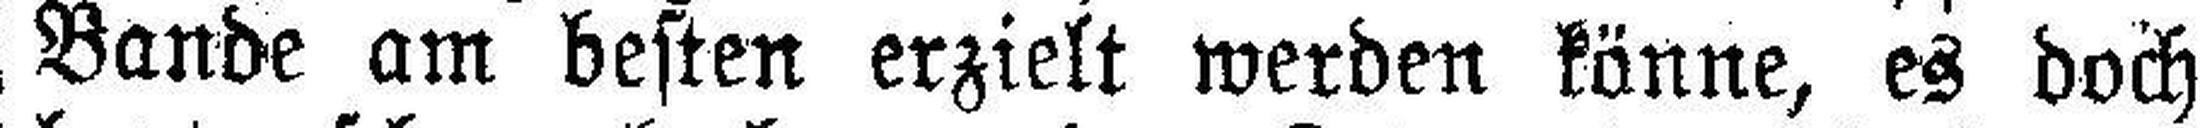
Bande am besten erzielt werden könne, es doch